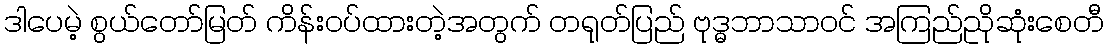
ဒါပေမဲ့ စွယ်တော်မြတ် ကိန်းဝပ်ထားတဲ့အတွက် တရုတ်ပြည် ဗုဒ္ဓဘာသာဝင် အကြည်ညိုဆုံးစေတီ